Lunatic asylums Madras 1892-1911 - 1892-1911
Year: 1892
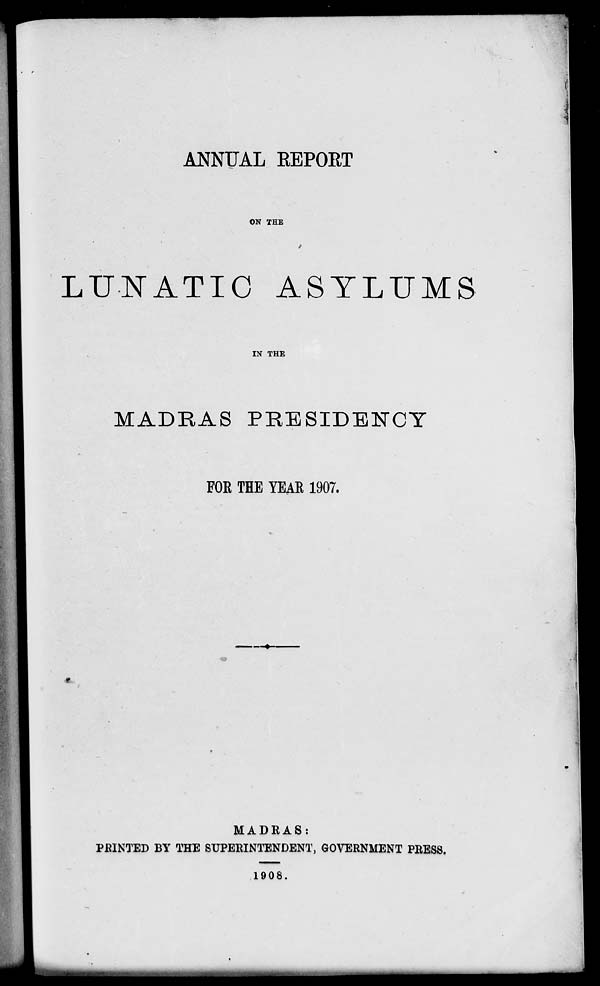
ANNUAL EEPORT
ON THE
LUNATIC ASYLUMS
IN THE
MADRAS PRESIDENCY
FOE THE YEAE 1907.
MADRAS:
PRINTED BY THE SUPERINTENDENT, GOVERNMENT PRESS.
1908.
* *.
.